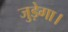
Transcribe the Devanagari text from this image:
जुड़ेगा।